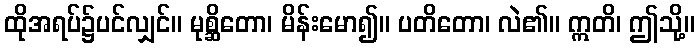
ထိုအရပ်၌ပင်လျှင်။ မုစ္ဆိတော၊ မိန်းမော၍။ ပတိတော၊ လဲ၏။ ဣတိ၊ ဤသို့။